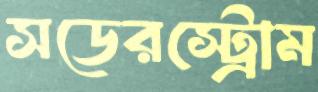
সডেরস্ট্রোম